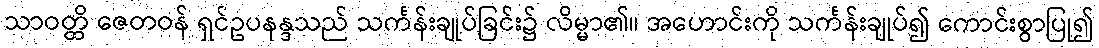
သာဝတ္ထိ ဇေတဝန် ရှင်ဥပနန္ဒသည် သင်္ကန်းချုပ်ခြင်း၌ လိမ္မာ၏။ အဟောင်းကို သင်္ကန်းချုပ်၍ ကောင်းစွာပြု၍